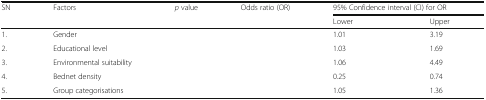
<table><thead><tr><td rowspan="2"><b>SN</b></td><td rowspan="2"><b>Factors</b></td><td rowspan="2"><b><i>p</i> value</b></td><td rowspan="2"><b>Odds ratio (OR)</b></td><td colspan="2"><b>95% Confidence interval (CI) for OR</b></td></tr><tr><td><b>Lower</b></td><td><b>Upper</b></td></tr></thead><tbody><tr><td>1.</td><td>Gender</td><td>[EMPTY_CELL]</td><td>[EMPTY_CELL]</td><td>1.01</td><td>3.19</td></tr><tr><td>2.</td><td>Educational level</td><td>[EMPTY_CELL]</td><td>[EMPTY_CELL]</td><td>1.03</td><td>1.69</td></tr><tr><td>3.</td><td>Environmental suitability</td><td>[EMPTY_CELL]</td><td>[EMPTY_CELL]</td><td>1.06</td><td>4.49</td></tr><tr><td>4.</td><td>Bednet density</td><td>[EMPTY_CELL]</td><td>[EMPTY_CELL]</td><td>0.25</td><td>0.74</td></tr><tr><td>5.</td><td>Group categorisations</td><td>[EMPTY_CELL]</td><td>[EMPTY_CELL]</td><td>1.05</td><td>1.36</td></tr></tbody></table>